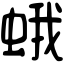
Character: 蛾